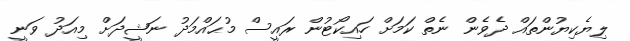
ލިޔެކިޔުންތައް ދެވެން ނެތް ކަމަށް ހައިކޯޓުން ރައީސް މުޙައްމަދު ނަޝީދަށް މިއަދު ވަނީ